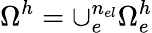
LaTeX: \Omega^{h}=\cup_{e}^{n_{el}}\Omega_{e}^{h}